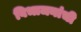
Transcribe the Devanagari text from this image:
विभाजनांची